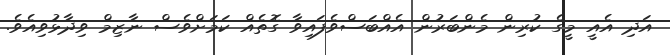
އަދި އެއީ މީގެ ކުރިން މެންބަރުން އެއްބަސްވެފައިވާ ގޮތެއް ކަމަށްވެސް ނާޒިމް ވިދާޅުވިއެވެ.